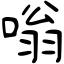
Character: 嗡